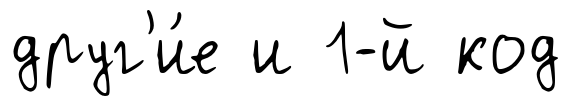
друг'и́е и 1-й код